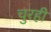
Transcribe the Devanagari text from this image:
चुरही